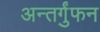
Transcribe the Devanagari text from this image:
अन्तर्गुंफन